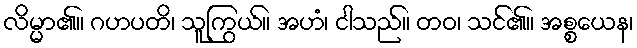
လိမ္မာ၏။ ဂဟပတိ၊ သူကြွယ်။ အဟံ၊ ငါသည်။ တဝ၊ သင်၏။ အစ္စယေန၊